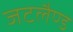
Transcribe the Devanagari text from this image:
जटलैण्ड